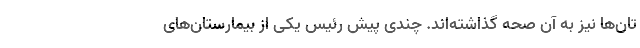
تان‌ها نیز به آن صحه گذاشته‌اند. چندی پیش رئیس یکی از بیمارستان‌های